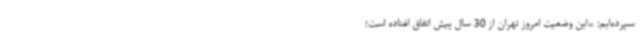
سپرده‌ایم: «این وضعیت امروز تهران از 30 سال پیش اتفاق افتاده است؛